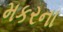
મકરના